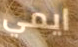
ايمي